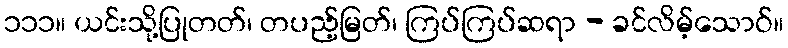
၁၁၁။ ယင်းသို့ပြုတတ်၊ တပည့်မြတ်၊ ကြပ်ကြပ်ဆရာ - ခင်လိမ့်သောဝ်။